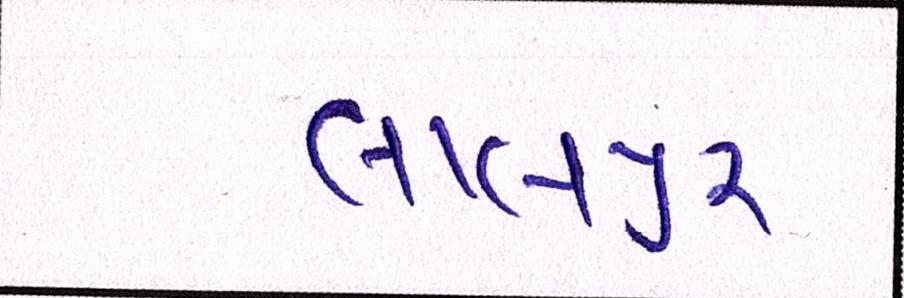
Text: લાલપુર